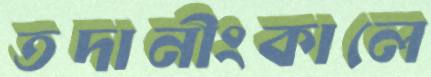
তদানীংকালে